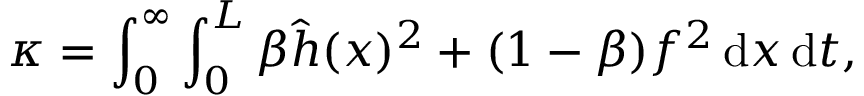
\kappa = \int _ { 0 } ^ { \infty } \int _ { 0 } ^ { L } \beta \hat { h } ( x ) ^ { 2 } + ( 1 - \beta ) f ^ { 2 } \mathop { } \! \mathrm { d } x \mathop { } \! \mathrm { d } t ,